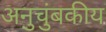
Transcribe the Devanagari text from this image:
अनुचुंबकीय